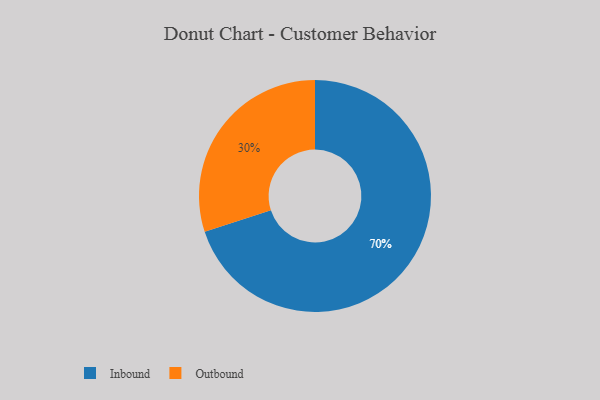
{"axis": {"x": "Category", "y": "Percentage"}, "legend": ["Inbound", "Outbound"], "data": [{"x": "Outbound", "y": 30, "type": "Outbound"}, {"x": "Inbound", "y": 70, "type": "Inbound"}]}